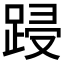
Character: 𮛟